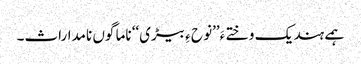
ہمے ہند یک وختے ءَ’’نو ح ءِ بیڑی‘‘ ناما گوں نامداراث۔